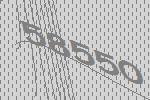
58550